65_HS1-834228961_62-HQ-83894_Section_3
Agency: FBI
Page 55
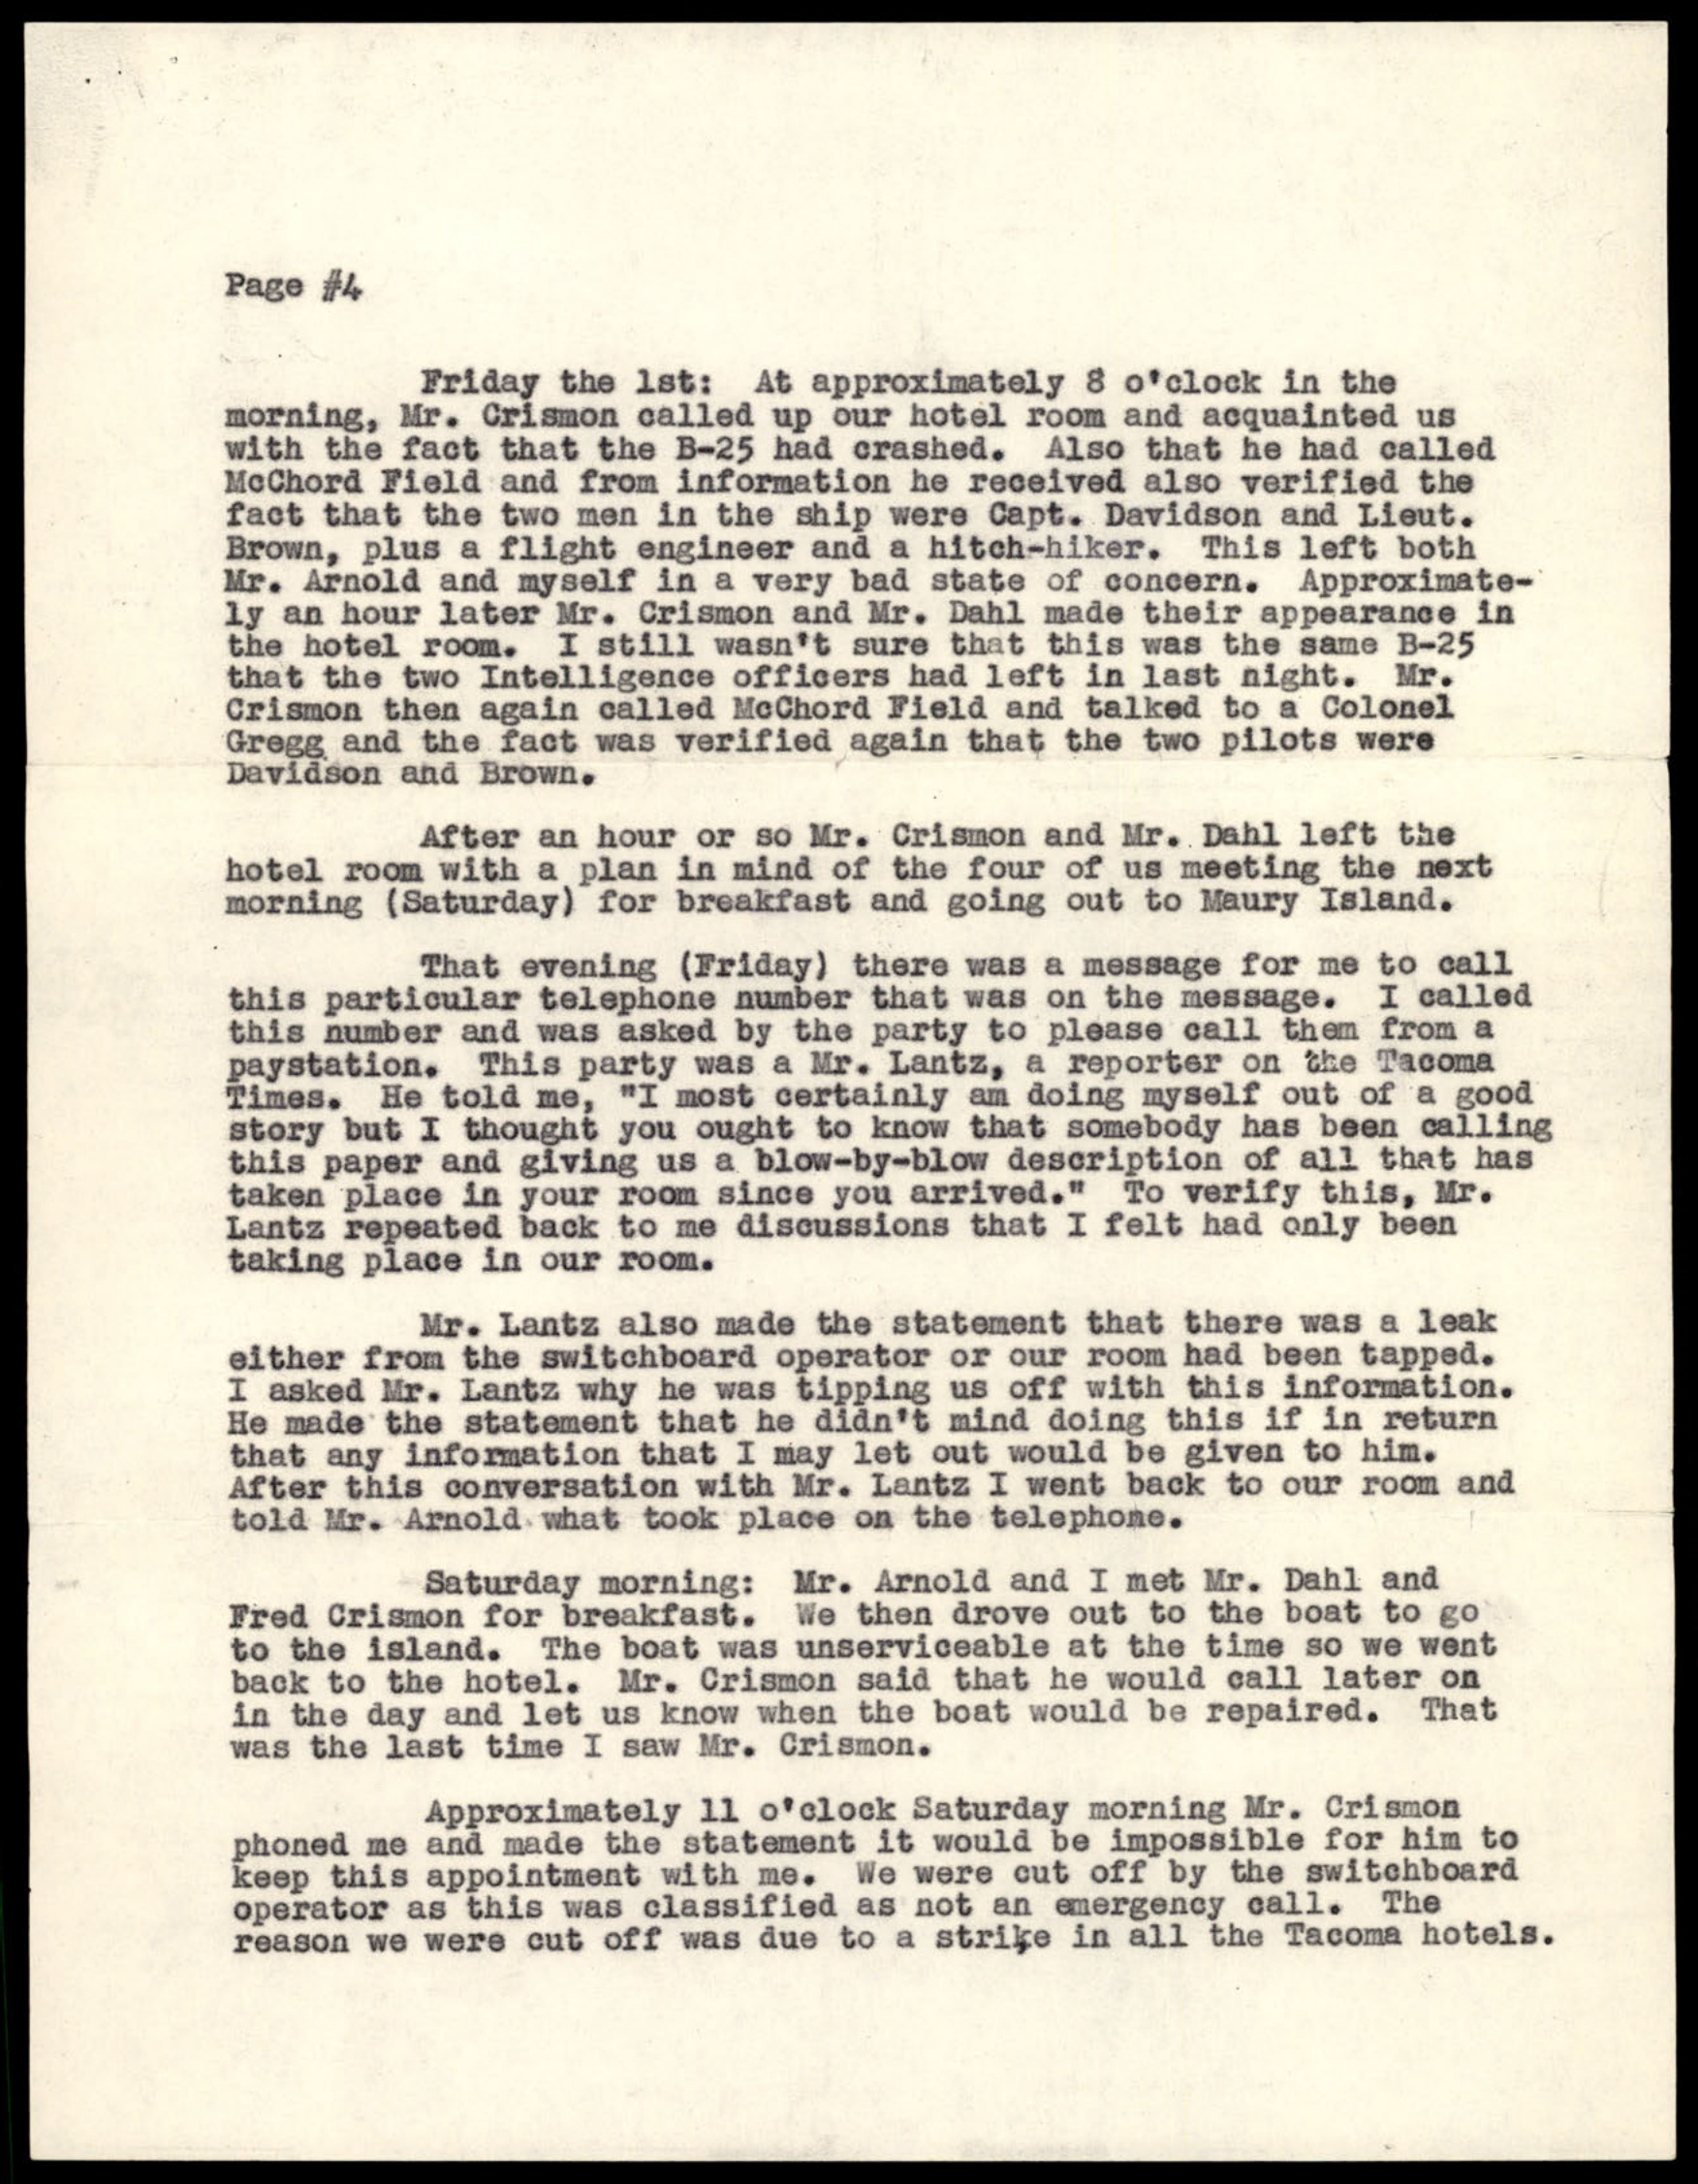